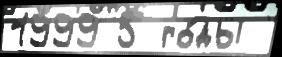
1999 5 го́ды